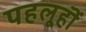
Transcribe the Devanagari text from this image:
पहलूहॊं